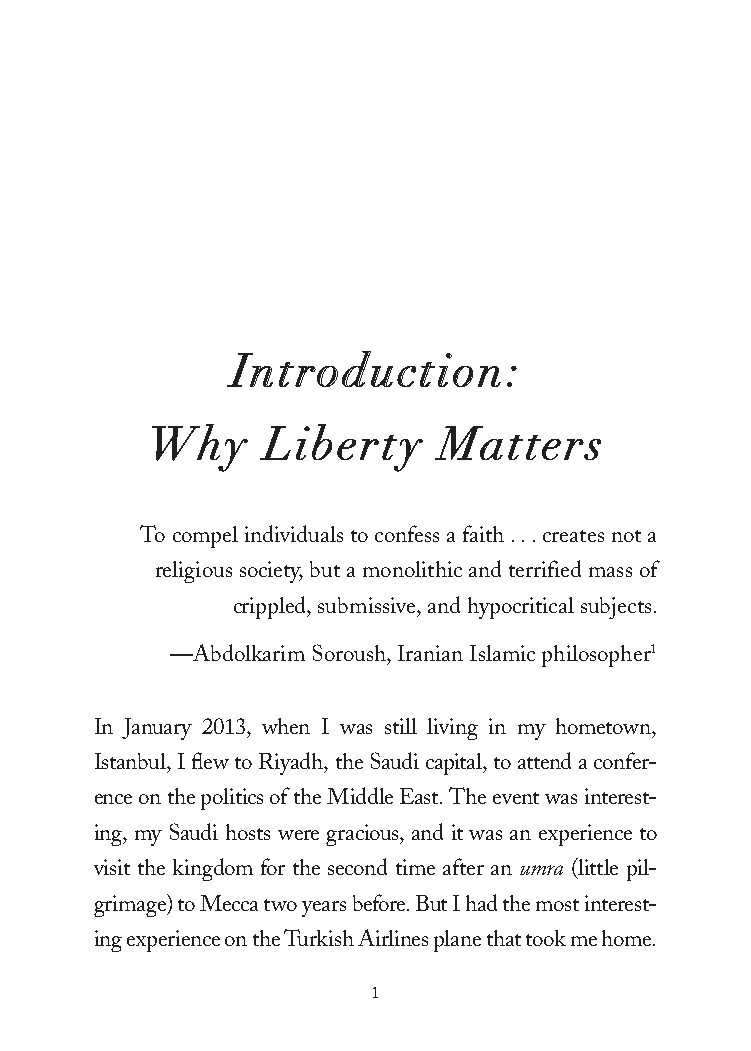
Introduction:
 Why     Liberty    Matters
 To compel individuals to confess a faith . . . creates not a
 religious society, but a monolithic and terrified mass of
 crippled, submissive, and hypocritical subjects.
 —Abdolkarim Soroush, Iranian Islamic philosopher1
 In January 2013, when I was still living in my hometown,
 Istanbul, I flew to Riyadh, the Saudi capital, to attend a confer-
 ence on the politics of the Middle East. The event was interest-
 ing, my Saudi hosts were gracious, and it was an experience to
 visit the kingdom for the second time after an umra (little pil-
 grimage) to Mecca two years before. But I had the most interest-
 ing experience on the Turkish Airlines plane that took me home.
 1
 25320_Ch00_Introduction.indd 1          24/06/2021 8:14 AM